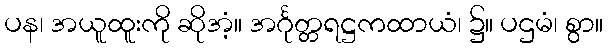
ပန၊ အယူထူးကို ဆိုအံ့။ အင်္ဂုတ္တရဋ္ဌကထာယံ၊ ၌။ ပဌမံ၊ စွာ။